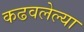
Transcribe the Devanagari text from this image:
कढवलेल्या